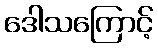
ဒေါသကြောင့်